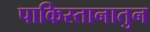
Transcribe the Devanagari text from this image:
पाकिस्तानातुन